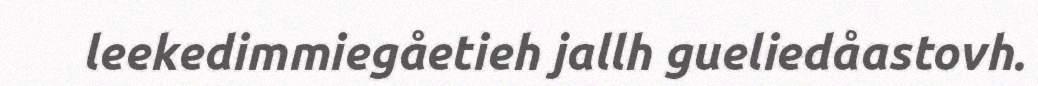
leekedimmiegåetieh jallh gueliedåastovh.